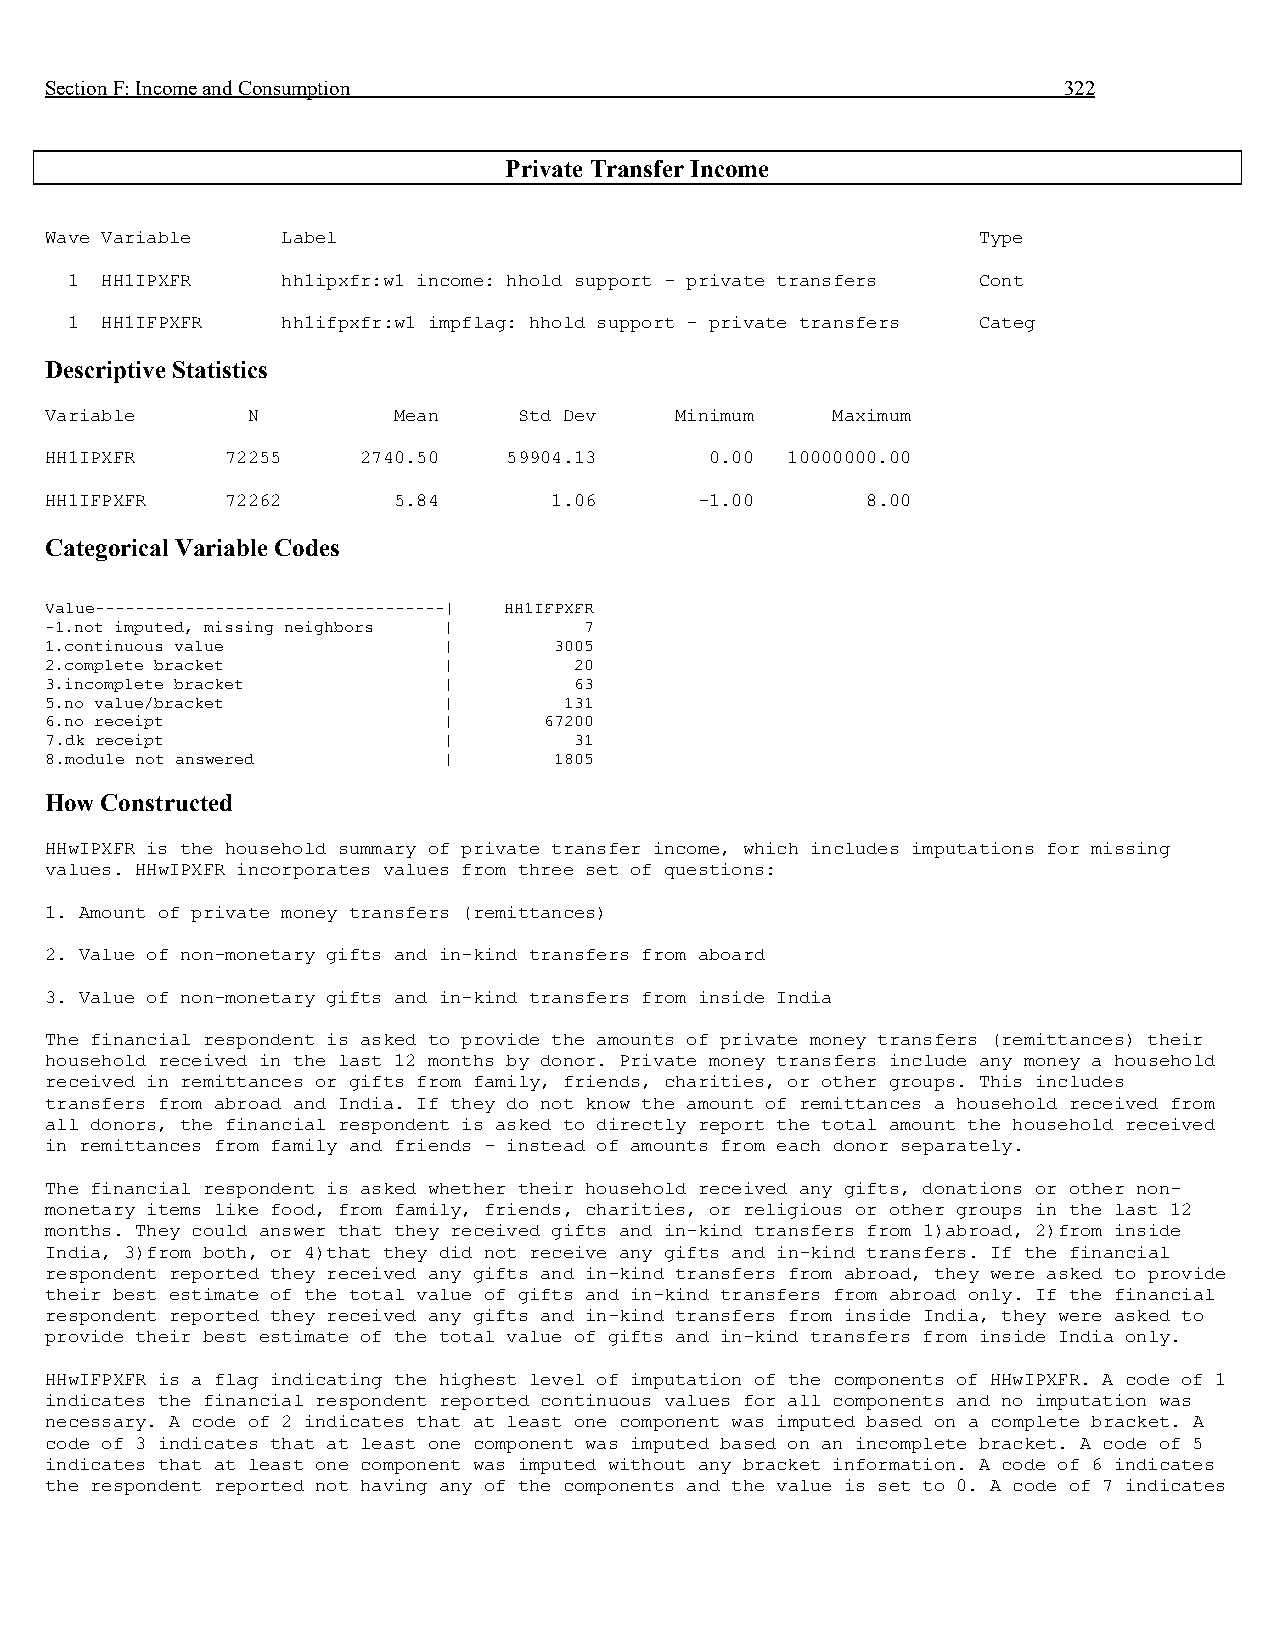
Section F: Income and Consumption                                  322
 Private Transfer Income
 Wave Variable   Label                                         Type
 1  HH1IPXFR    hh1ipxfr:w1 income: hhold support - private transfers Cont
 1  HH1IFPXFR   hh1ifpxfr:w1 impflag: hhold support - private transfers Categ
 Descriptive Statistics
 Variable     N         Mean    Std Dev    Minimum   Maximum
 HH1IPXFR    72255    2740.50   59904.13     0.00 10000000.00
 HH1IFPXFR   72262      5.84      1.06      -1.00      8.00
 Categorical Variable Codes
 Value-----------------------------------| HH1IFPXFR
 -1.not imputed, missing neighbors | 7
 1.continuous value        |       3005
 2.complete bracket        |        20
 3.incomplete bracket      |        63
 5.no value/bracket        |       131
 6.no receipt              |      67200
 7.dk receipt              |        31
 8.module not answered     |       1805
 How Constructed
 HHwIPXFR is the household summary of private transfer income, which includes imputations for missing
 values. HHwIPXFR incorporates values from three set of questions:
 1. Amount of private money transfers (remittances)
 2. Value of non-monetary gifts and in-kind transfers from aboard
 3. Value of non-monetary gifts and in-kind transfers from inside India
 The financial respondent is asked to provide the amounts of private money transfers (remittances) their
 household received in the last 12 months by donor. Private money transfers include any money a household
 received in remittances or gifts from family, friends, charities, or other groups. This includes
 transfers from abroad and India. If they do not know the amount of remittances a household received from
 all donors, the financial respondent is asked to directly report the total amount the household received
 in remittances from family and friends - instead of amounts from each donor separately.
 The financial respondent is asked whether their household received any gifts, donations or other non-
 monetary items like food, from family, friends, charities, or religious or other groups in the last 12
 months. They could answer that they received gifts and in-kind transfers from 1)abroad, 2)from inside
 India, 3)from both, or 4)that they did not receive any gifts and in-kind transfers. If the financial
 respondent reported they received any gifts and in-kind transfers from abroad, they were asked to provide
 their best estimate of the total value of gifts and in-kind transfers from abroad only. If the financial
 respondent reported they received any gifts and in-kind transfers from inside India, they were asked to
 provide their best estimate of the total value of gifts and in-kind transfers from inside India only.
 HHwIFPXFR is a flag indicating the highest level of imputation of the components of HHwIPXFR. A code of 1
 indicates the financial respondent reported continuous values for all components and no imputation was
 necessary. A code of 2 indicates that at least one component was imputed based on a complete bracket. A
 code of 3 indicates that at least one component was imputed based on an incomplete bracket. A code of 5
 indicates that at least one component was imputed without any bracket information. A code of 6 indicates
 the respondent reported not having any of the components and the value is set to 0. A code of 7 indicates